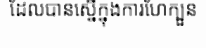
ដែលបានស្នើក្នុងការហែក្បួន